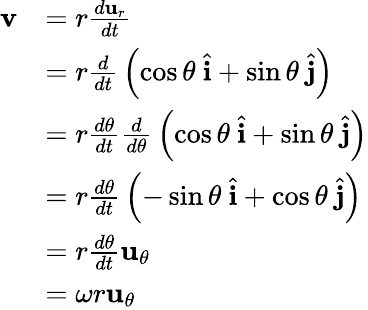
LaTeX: {\begin{array}{rl}{\mathbf{v}}&{=r{\frac{d\mathbf{u}_{r}}{dt}}}\\ &{=r{\frac{d}{dt}}\left(\cos\theta\ {\hat{\mathbf{i}}}+\sin\theta\ {\hat{\mathbf{j}}}\right)}\\ &{=r{\frac{d\theta}{dt}}{\frac{d}{d\theta}}\left(\cos\theta\ {\hat{\mathbf{i}}}+\sin\theta\ {\hat{\mathbf{j}}}\right)}\\ &{=r{\frac{d\theta}{dt}}\left(-\sin\theta\ {\hat{\mathbf{i}}}+\cos\theta\ {\hat{\mathbf{j}}}\right)}\\ &{=r{\frac{d\theta}{dt}}\mathbf{u}_{\theta}}\\ &{=\omega r\mathbf{u}_{\theta}}\end{array}}